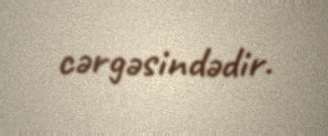
cərgəsindədir.